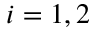
i = 1 , 2